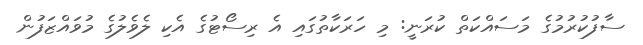
ސާފުކުރުމުގެ މަސައްކަތް ކުރަނީ: މި ހަރަކާތުގައި އެ ރިސޯޓުގެ އެކި ލެވެލުގެ މުވައްޒަފުން